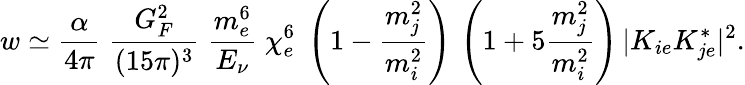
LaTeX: w\simeq{\frac{\alpha}{4\pi}}\; {\frac{G_{F}^{2}}{(15\pi)^{3}}}\; \frac{m_{e}^{6}}{E_{\nu}}\; \chi_{e}^{6}\; \left(1-{\frac{m_{j}^{2}}{m_{i}^{2}}}\right)\, \left(1+5{\frac{m_{j}^{2}}{m_{i}^{2}}}\right)\, |K_{ie}K_{je}^{*}|^{2}.